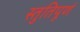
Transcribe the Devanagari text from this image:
स्तुतिपूर्ण